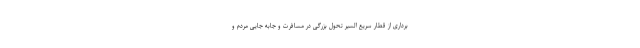
برداری از قطار سریع السیر تحول بزرگی در مسافرت و جابه جایی مردم و